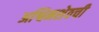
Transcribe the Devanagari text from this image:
अश्विनशेठची